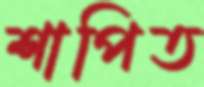
শাপিত